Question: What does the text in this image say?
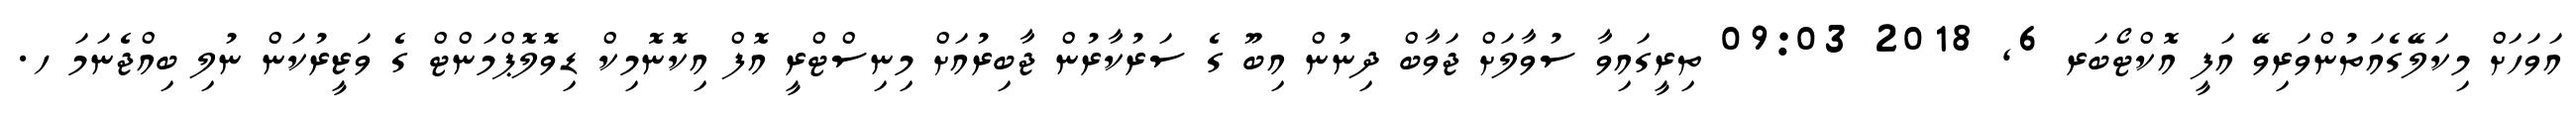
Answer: އަވަހަށް މިކަލޭގެއަތުންވަރިވޭ އަފީ އޮކްޓޯބަރ 6, 2018 09:03 ތިރީގައިވާ ސުވާލަށް ޖަވާބް ދިނުން އިބޫ ގެ ސަރުކާރުން ޖާބިރުއަށް މިނިސްޓްރީ އޮފް އިކޮނޮމިކް ޑިވޮލޮޕްމަންޓް ގެ ވަޒީރުކަން ނުލި ބިއްޖެނަމަ ހ.